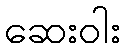
ဆေးဝါး